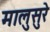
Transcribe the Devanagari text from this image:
मालुसुरे